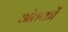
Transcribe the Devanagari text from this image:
अंतकों